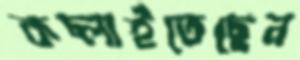
কচ্‌লাইতেছেন